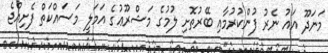
މަނަދޫ އައު ނެރު ފުންކުރުމާއި ބޭރުތޮށި ލުމުގެ މަޝްރޫޢުގެ އަމަލީ މަސައްކަތް ފެށިއްޖެ